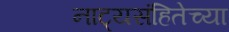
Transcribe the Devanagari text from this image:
नाट्यसंहितेच्या